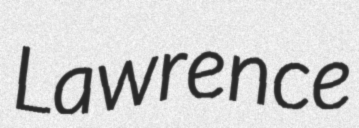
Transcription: Lawrence